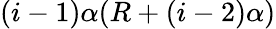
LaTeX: (i-1)\alpha(R+(i-2)\alpha)